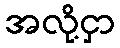
အလို့ငှာ